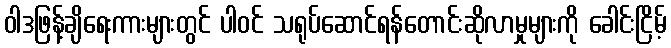
ဝါဒဖြန့်ချိရေးကားများတွင် ပါဝင် သရုပ်ဆောင်ရန်တောင်းဆိုလာမှုများကို ခေါင်းငြိမ့်